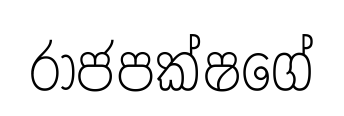
රාජපක්ෂගේ